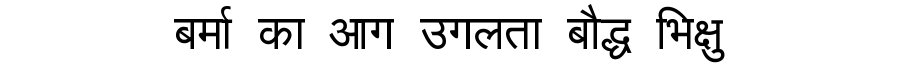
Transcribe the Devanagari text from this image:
बर्मा का आग उगलता बौद्ध भिक्षु